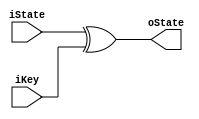
module add_round_key(
input  [0:127] iKey ,
input  [0:127] iState,
output [0:127] oState
);

assign oState = iState ^ iKey;

endmodule